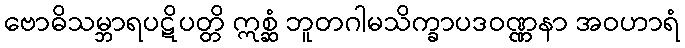
ဗောဓိသမ္ဘာရပဋိပတ္တိ ဣစ္ဆံ ဘူတဂါမသိက္ခာပဒဝဏ္ဏနာ အဝဟာရံ